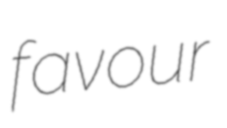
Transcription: favour